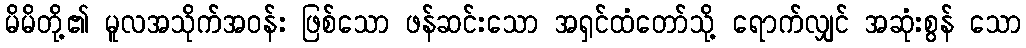
မိမိတို့၏ မူလအသိုက်အဝန်း ဖြစ်သော ဖန်ဆင်းသော အရှင်ထံတော်သို့ ရောက်လျှင် အဆုံးစွန် သော